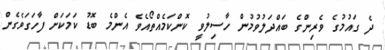
ދެ ގައުމުގެ ވެރިންގެ ބައްދަލުވުމުން ހާސިލުވީ ކޮންކަމެއްތޯއެވެ އެންމެ ބޮޑު ކަމަކަށް ފާހަގަވެގެން